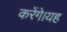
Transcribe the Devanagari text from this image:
करेंगे।यह